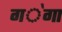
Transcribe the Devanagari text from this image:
ग॓गा